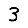
Digit: 3